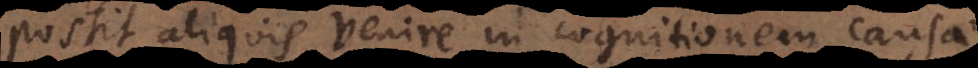
possit aliquis venire in cognitionem causae,